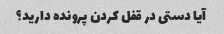
آیا دستی در قفل کردن پرونده دارید؟